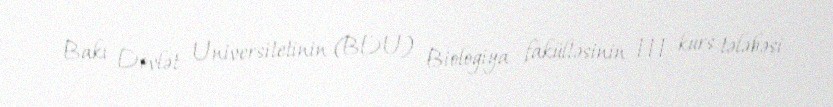
Bakı Dövlət Universitetinin (BDU) Biologiya fakültəsinin III kurs tələbəsi